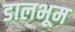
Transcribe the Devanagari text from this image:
डालभूम